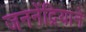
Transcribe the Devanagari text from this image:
जननेंद्रियाने